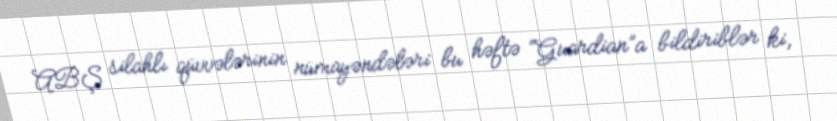
ABŞ silahlı qüvvələrinin nümayəndələri bu həftə “Guardian”a bildiriblər ki,